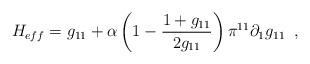
LaTeX: \begin{align*}H_{eff}=g_{11}+ \alpha \left( 1-\frac{1+g_{11}}{2g_{11}} \right)\pi ^{11} \partial _1 g_{11}\,\,\, ,\end{align*}